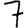
Digit: 7